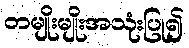
တမျိုးမျိုးအသုံးပြု၍